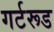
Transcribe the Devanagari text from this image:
गर्टरूड